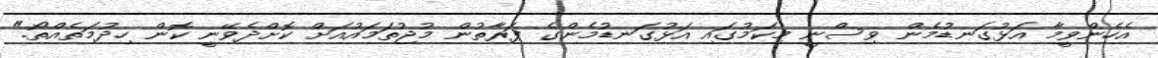
އެހެންވީމާ އަޅުގަނޑުމެން ވިސްނީ މިކަމުގައި އަޅުގަނޑުމެންގެ ފަރާތުން މުޖުތަމައުއަށް ކޮށްދެވޭނީ ކޮން ހިދުމަތެއްތޯ."